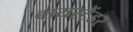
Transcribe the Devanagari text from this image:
बायस्टैंडर